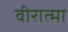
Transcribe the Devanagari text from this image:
वीरात्मा